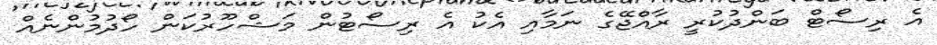
އެ ރިސޯޓް ބަންދުކުރީ ރާއްޖޭގެ ނަމާއި އެކު އެ ރިސޯޓުން މަޝްހޫރުކަން ހޯދުމުންނެއް